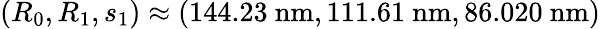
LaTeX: (R_{0},R_{1},s_{1})\approx(144.23\ \mathrm{nm},111.61\ \mathrm{nm},86.020\ \mathrm{nm})